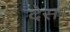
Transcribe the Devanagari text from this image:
देस।